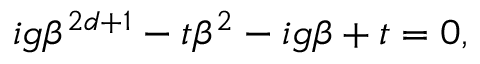
\begin{array} { r } { i g \beta ^ { 2 d + 1 } - t \beta ^ { 2 } - i g \beta + t = 0 , } \end{array}